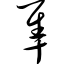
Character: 隼